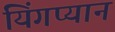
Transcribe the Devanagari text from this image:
यिंगप्यान